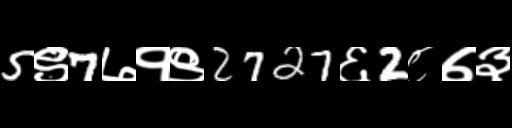
Text: 5९7७१९2727६2८७३